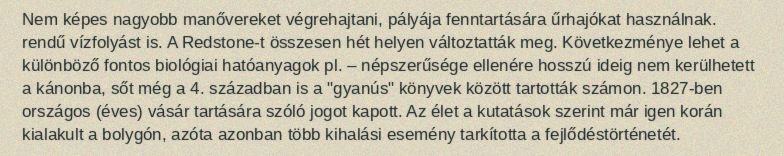
Nem képes nagyobb manővereket végrehajtani, pályája fenntartására űrhajókat használnak. rendű vízfolyást is. A Redstone-t összesen hét helyen változtatták meg. Következménye lehet a különböző fontos biológiai hatóanyagok pl. – népszerűsége ellenére hosszú ideig nem kerülhetett a kánonba, sőt még a 4. században is a "gyanús" könyvek között tartották számon. 1827-ben országos (éves) vásár tartására szóló jogot kapott. Az élet a kutatások szerint már igen korán kialakult a bolygón, azóta azonban több kihalási esemény tarkította a fejlődéstörténetét.